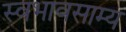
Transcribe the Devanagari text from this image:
स्वभावसाम्य